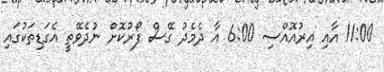
11:00 އާއި އިރުއޮއްސި 6:00 އާ ދެމެދު ގޭސް ފޯރުކޮށް ނުދެވޭތީ އެގަޑިތަކުގައި